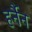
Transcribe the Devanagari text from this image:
हर्नैन